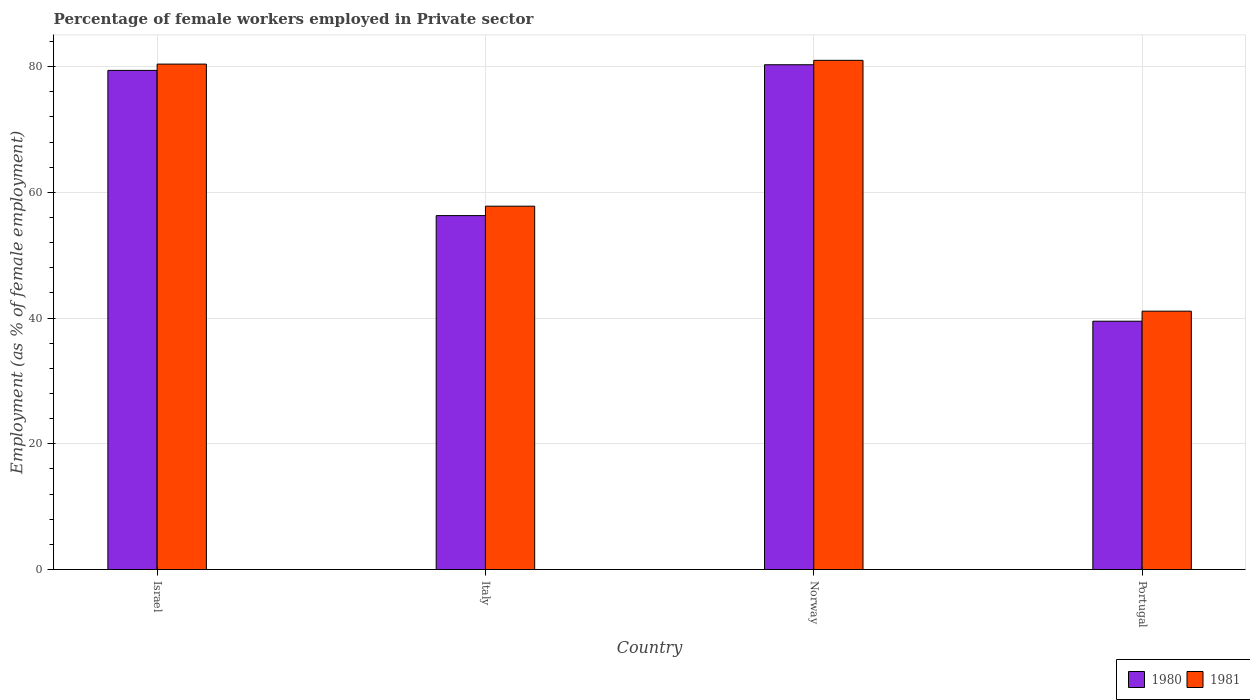
| Country | 1980 | 1981 |
 | --- | --- | --- |
 | Israel | 79.4 | 80.4 |
 | Italy | 56.3 | 57.8 |
 | Norway | 80.3 | 81 |
 | Portugal | 39.5 | 41.1 |